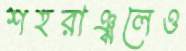
শহরাঞ্চলেও